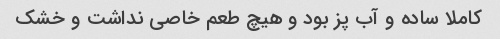
کاملا ساده و آب پز بود و هیچ طعم خاصی نداشت و خشک